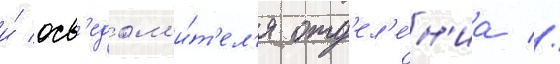
и́ осв'едом'и́т'ел'я отд'ел'е́н'иа //